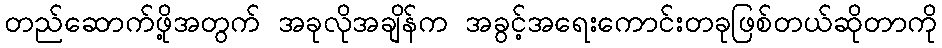
တည်ဆောက်ဖို့အတွက် အခုလိုအချိန်က အခွင့်အရေးကောင်းတခုဖြစ်တယ်ဆိုတာကို